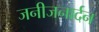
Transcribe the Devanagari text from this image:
जनीजनार्दन